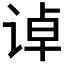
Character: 𰵳